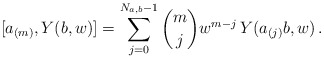
\begin{align*}[a_{(m)}, Y(b,w)]= \sum_{j=0}^{N_{a,b}-1} \binom{m}{j} w^{m-j} \, Y(a_{(j)}b,w) \,.\end{align*}